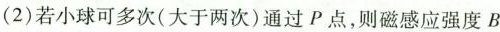
(2)若小球可多次(大于两次)通过P点，则磁感应强度B